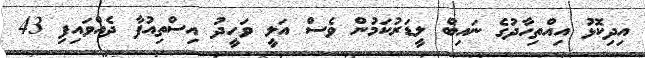
އިދިކޮޅު އިއްތިހާދުގެ ނައިބް ލީޑަރުކަމުން ވެސް އަލީ ވަހީދު އިސްތިއުފާ ދެއްވައިފި 43